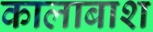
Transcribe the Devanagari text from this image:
कालाबाश